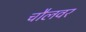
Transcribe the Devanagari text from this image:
चौलवर